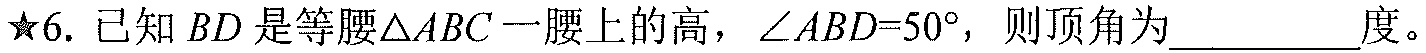
★6. 已知 \(BD\) 是等腰\(\triangle ABC\)一腰上的高，\(\angle ABD = 50^{\circ}\)，则顶角为_________度。